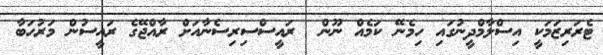
ޓެރަރިޒަމަކީ އިސްލާމްދީނުގައި ހިމެނޭ ކަމެއް ނޫން  ރައީސްސިރިސެނާއަށް ރާއްޖޭގެ ރައީސުން މަރުހަބާ